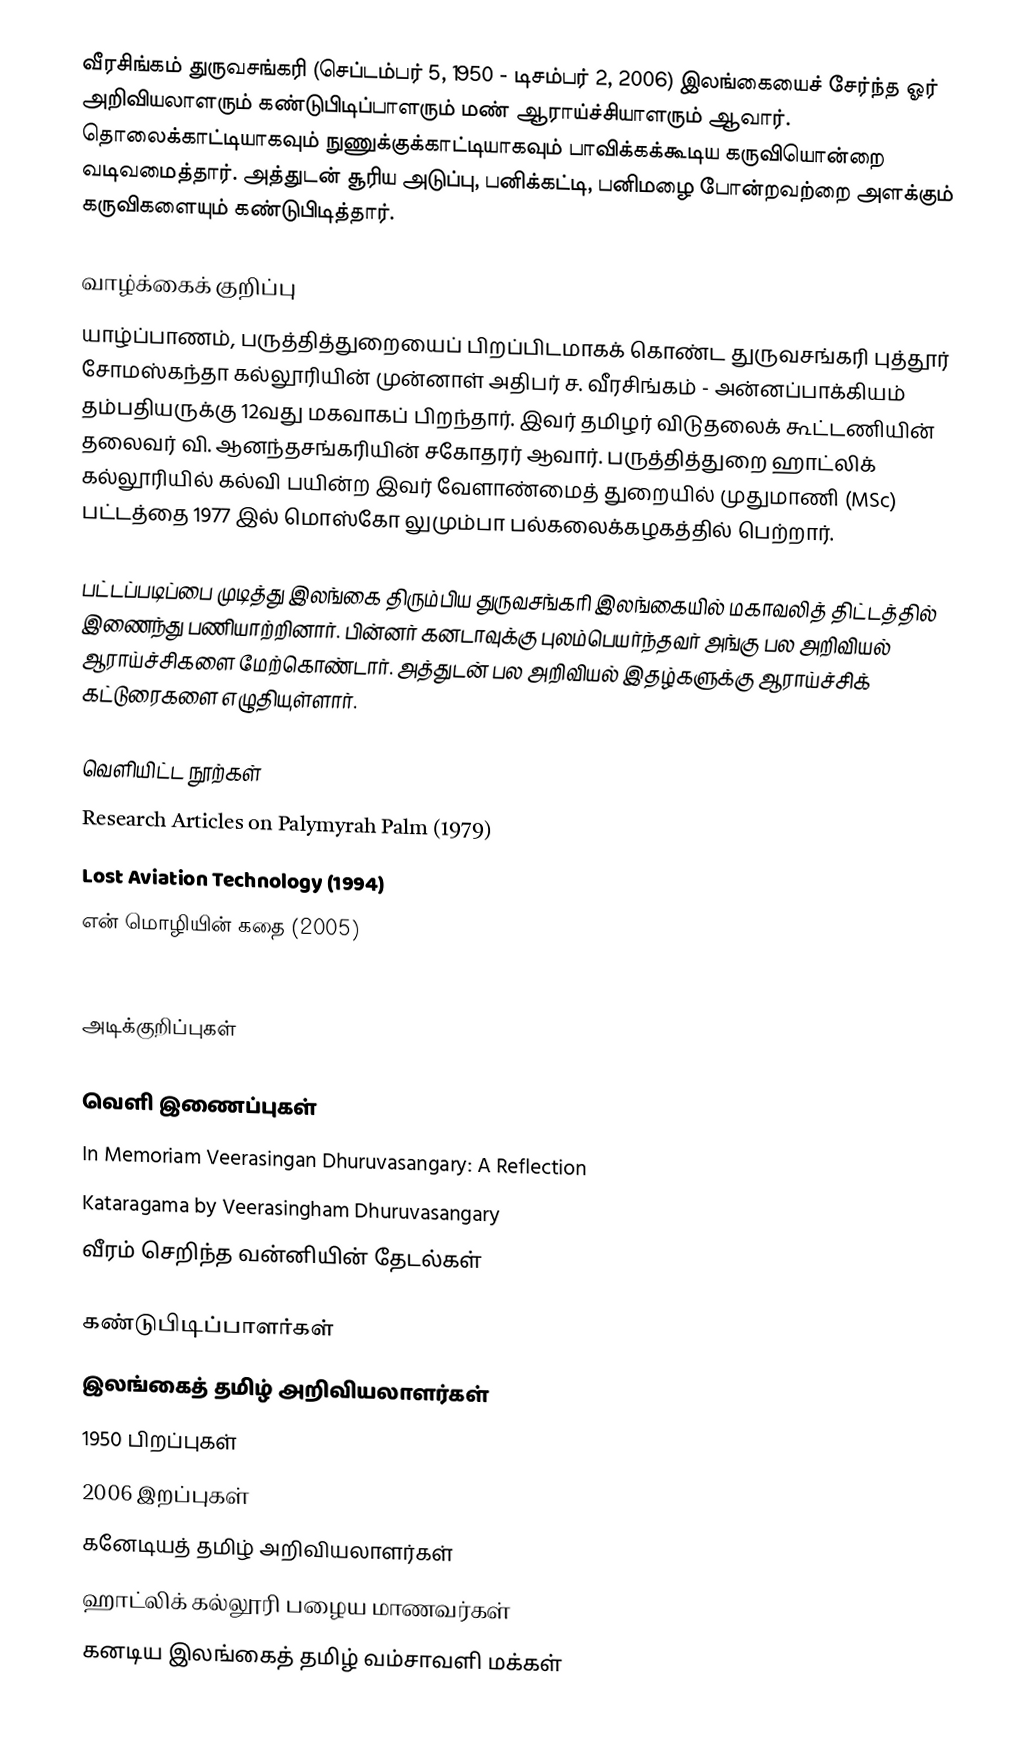
வீரசிங்கம் துருவசங்கரி (செப்டம்பர் 5, 1950 - டிசம்பர் 2, 2006) இலங்கையைச் சேர்ந்த ஓர் அறிவியலாளரும் கண்டுபிடிப்பாளரும் மண் ஆராய்ச்சியாளரும் ஆவார்.  தொலைக்காட்டியாகவும் நுணுக்குக்காட்டியாகவும் பாவிக்கக்கூடிய கருவியொன்றை வடிவமைத்தார். அத்துடன் சூரிய அடுப்பு, பனிக்கட்டி, பனிமழை போன்றவற்றை அளக்கும் கருவிகளையும் கண்டுபிடித்தார்.

வாழ்க்கைக் குறிப்பு
யாழ்ப்பாணம், பருத்தித்துறையைப் பிறப்பிடமாகக் கொண்ட துருவசங்கரி புத்தூர் சோமஸ்கந்தா கல்லூரியின் முன்னாள் அதிபர் ச. வீரசிங்கம் - அன்னப்பாக்கியம் தம்பதியருக்கு 12வது மகவாகப் பிறந்தார். இவர் தமிழர் விடுதலைக் கூட்டணியின் தலைவர் வி. ஆனந்தசங்கரியின் சகோதரர் ஆவார். பருத்தித்துறை ஹாட்லிக் கல்லூரியில் கல்வி பயின்ற இவர் வேளாண்மைத் துறையில் முதுமாணி (MSc) பட்டத்தை 1977 இல் மொஸ்கோ லுமும்பா பல்கலைக்கழகத்தில் பெற்றார்.

பட்டப்படிப்பை முடித்து இலங்கை திரும்பிய துருவசங்கரி இலங்கையில் மகாவலித் திட்டத்தில் இணைந்து பணியாற்றினார். பின்னர் கனடாவுக்கு புலம்பெயர்ந்தவர் அங்கு பல அறிவியல் ஆராய்ச்சிகளை மேற்கொண்டார். அத்துடன் பல அறிவியல் இதழ்களுக்கு ஆராய்ச்சிக் கட்டுரைகளை எழுதியுள்ளார்.

வெளியிட்ட நூற்கள்
 Research Articles on Palymyrah Palm (1979)
 Lost Aviation Technology (1994)
 என் மொழியின் கதை (2005)
 The Story of my Language. (2005)

அடிக்குறிப்புகள்

வெளி இணைப்புகள்
 In Memoriam Veerasingan Dhuruvasangary: A Reflection
 Kataragama by Veerasingham Dhuruvasangary
 வீரம் செறிந்த வன்னியின் தேடல்கள்

கண்டுபிடிப்பாளர்கள்
இலங்கைத் தமிழ் அறிவியலாளர்கள்
1950 பிறப்புகள்
2006 இறப்புகள்
கனேடியத் தமிழ் அறிவியலாளர்கள்
ஹாட்லிக் கல்லூரி பழைய மாணவர்கள்
கனடிய இலங்கைத் தமிழ் வம்சாவளி மக்கள்